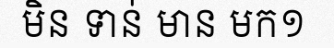
មិន ទាន់ មាន មក១